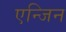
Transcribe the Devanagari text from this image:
एन्जिन